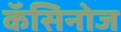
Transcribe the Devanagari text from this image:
कॅसिनोज